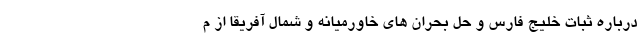
درباره ثبات خلیج فارس و حل بحران های خاورمیانه و شمال آفریقا از م